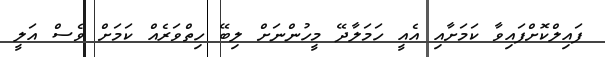
ފައިލްކޮށްފައިވާ ކަމަށާއި އެއީ ހަމަލާދޭ މީހުންނަށް ލިބޭ ހިތްވަރެއް ކަމަށް ވެސް އަލީ